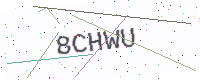
Text: 8CHWU